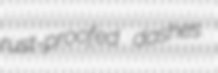
rust-proofed dashes